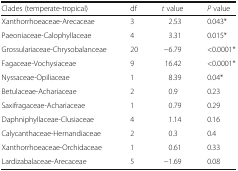
| Clades (temperate-tropical) | df | t value | P value |
 | --- | --- | --- | --- |
 | Xanthorrhoeaceae-Arecaceae | 3 | 2.53 | 0.043* |
 | Paeoniaceae-Calophyllaceae | 4 | 3.31 | 0.015* |
 | Grossulariaceae-Chrysobalanceae | 20 | −6.79 | <0.0001* |
 | Fagaceae-Vochysiaceae | 9 | 16.42 | <0.0001* |
 | Nyssaceae-Opiliaceae | 1 | 8.39 | 0.04* |
 | Betulaceae-Achariaceae | 2 | 0.9 | 0.23 |
 | Saxifragaceae-Achariaceae | 1 | 0.79 | 0.29 |
 | Daphniphyllaceae-Clusiaceae | 4 | 1.14 | 0.16 |
 | Calycanthaceae-Hernandiaceae | 2 | 0.3 | 0.4 |
 | Xanthorrhoeaceae-Orchidaceae | 1 | 0.61 | 0.33 |
 | Lardizabalaceae-Arecaceae | 5 | −1.69 | 0.08 |